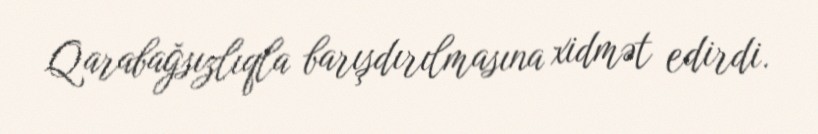
Qarabağsızlıqla barışdırılmasına xidmət edirdi.